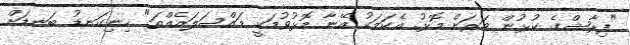
"ފިރާޝްގެ ކުޅުން ވަރަށް މޮޅު. އެކަމަކު އޭނާ މޮޅުވުމަކީ މައްސަލައެއްތަ" ހިނިގަނޑު ބަނޑަށް